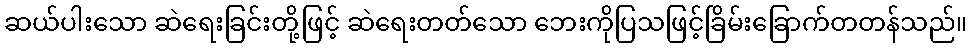
ဆယ်ပါးသော ဆဲရေးခြင်းတို့ဖြင့် ဆဲရေးတတ်သော ဘေးကိုပြသဖြင့်ခြိမ်းခြောက်တတန်သည်။